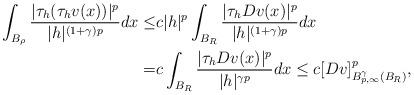
LaTeX: \begin{align*}\displaystyle\int_{B_\rho} \dfrac{|\tau_h(\tau_hv(x))|^{p}}{|h|^{(1+\gamma) p}} dx \leq & c |h|^p \displaystyle\int_{B_R} \dfrac{|\tau_hDv(x)|^{p}}{|h|^{(1+\gamma) p}} dx \\= & c \displaystyle\int_{B_R} \dfrac{|\tau_hDv(x)|^{p}}{|h|^{\gamma p}} dx \le c [Dv]_{B^{\gamma}_{p,\infty}(B_R)}^p,\end{align*}